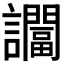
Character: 𬣖